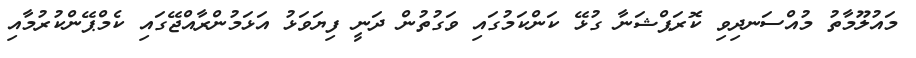
މައުލޫމާތު މުއްސަނދިވި ކޮރަޕްޝަނާ ގުޅޭ ކަންކަމުގައި ވަގުތުން ދަނީ ފިޔަވަޅު އަޅަމުންރާއްޖޭގައި ކެމްޕޭންކުރުމާއި